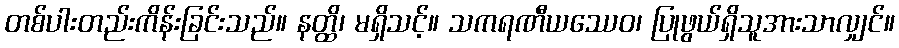
တစ်ပါးတည်းကိန်းခြင်းသည်။ နတ္ထိ၊ မရှိသင့်။ သကရဏီယဿေဝ၊ ပြုဖွယ်ရှိသူအားသာလျှင်။